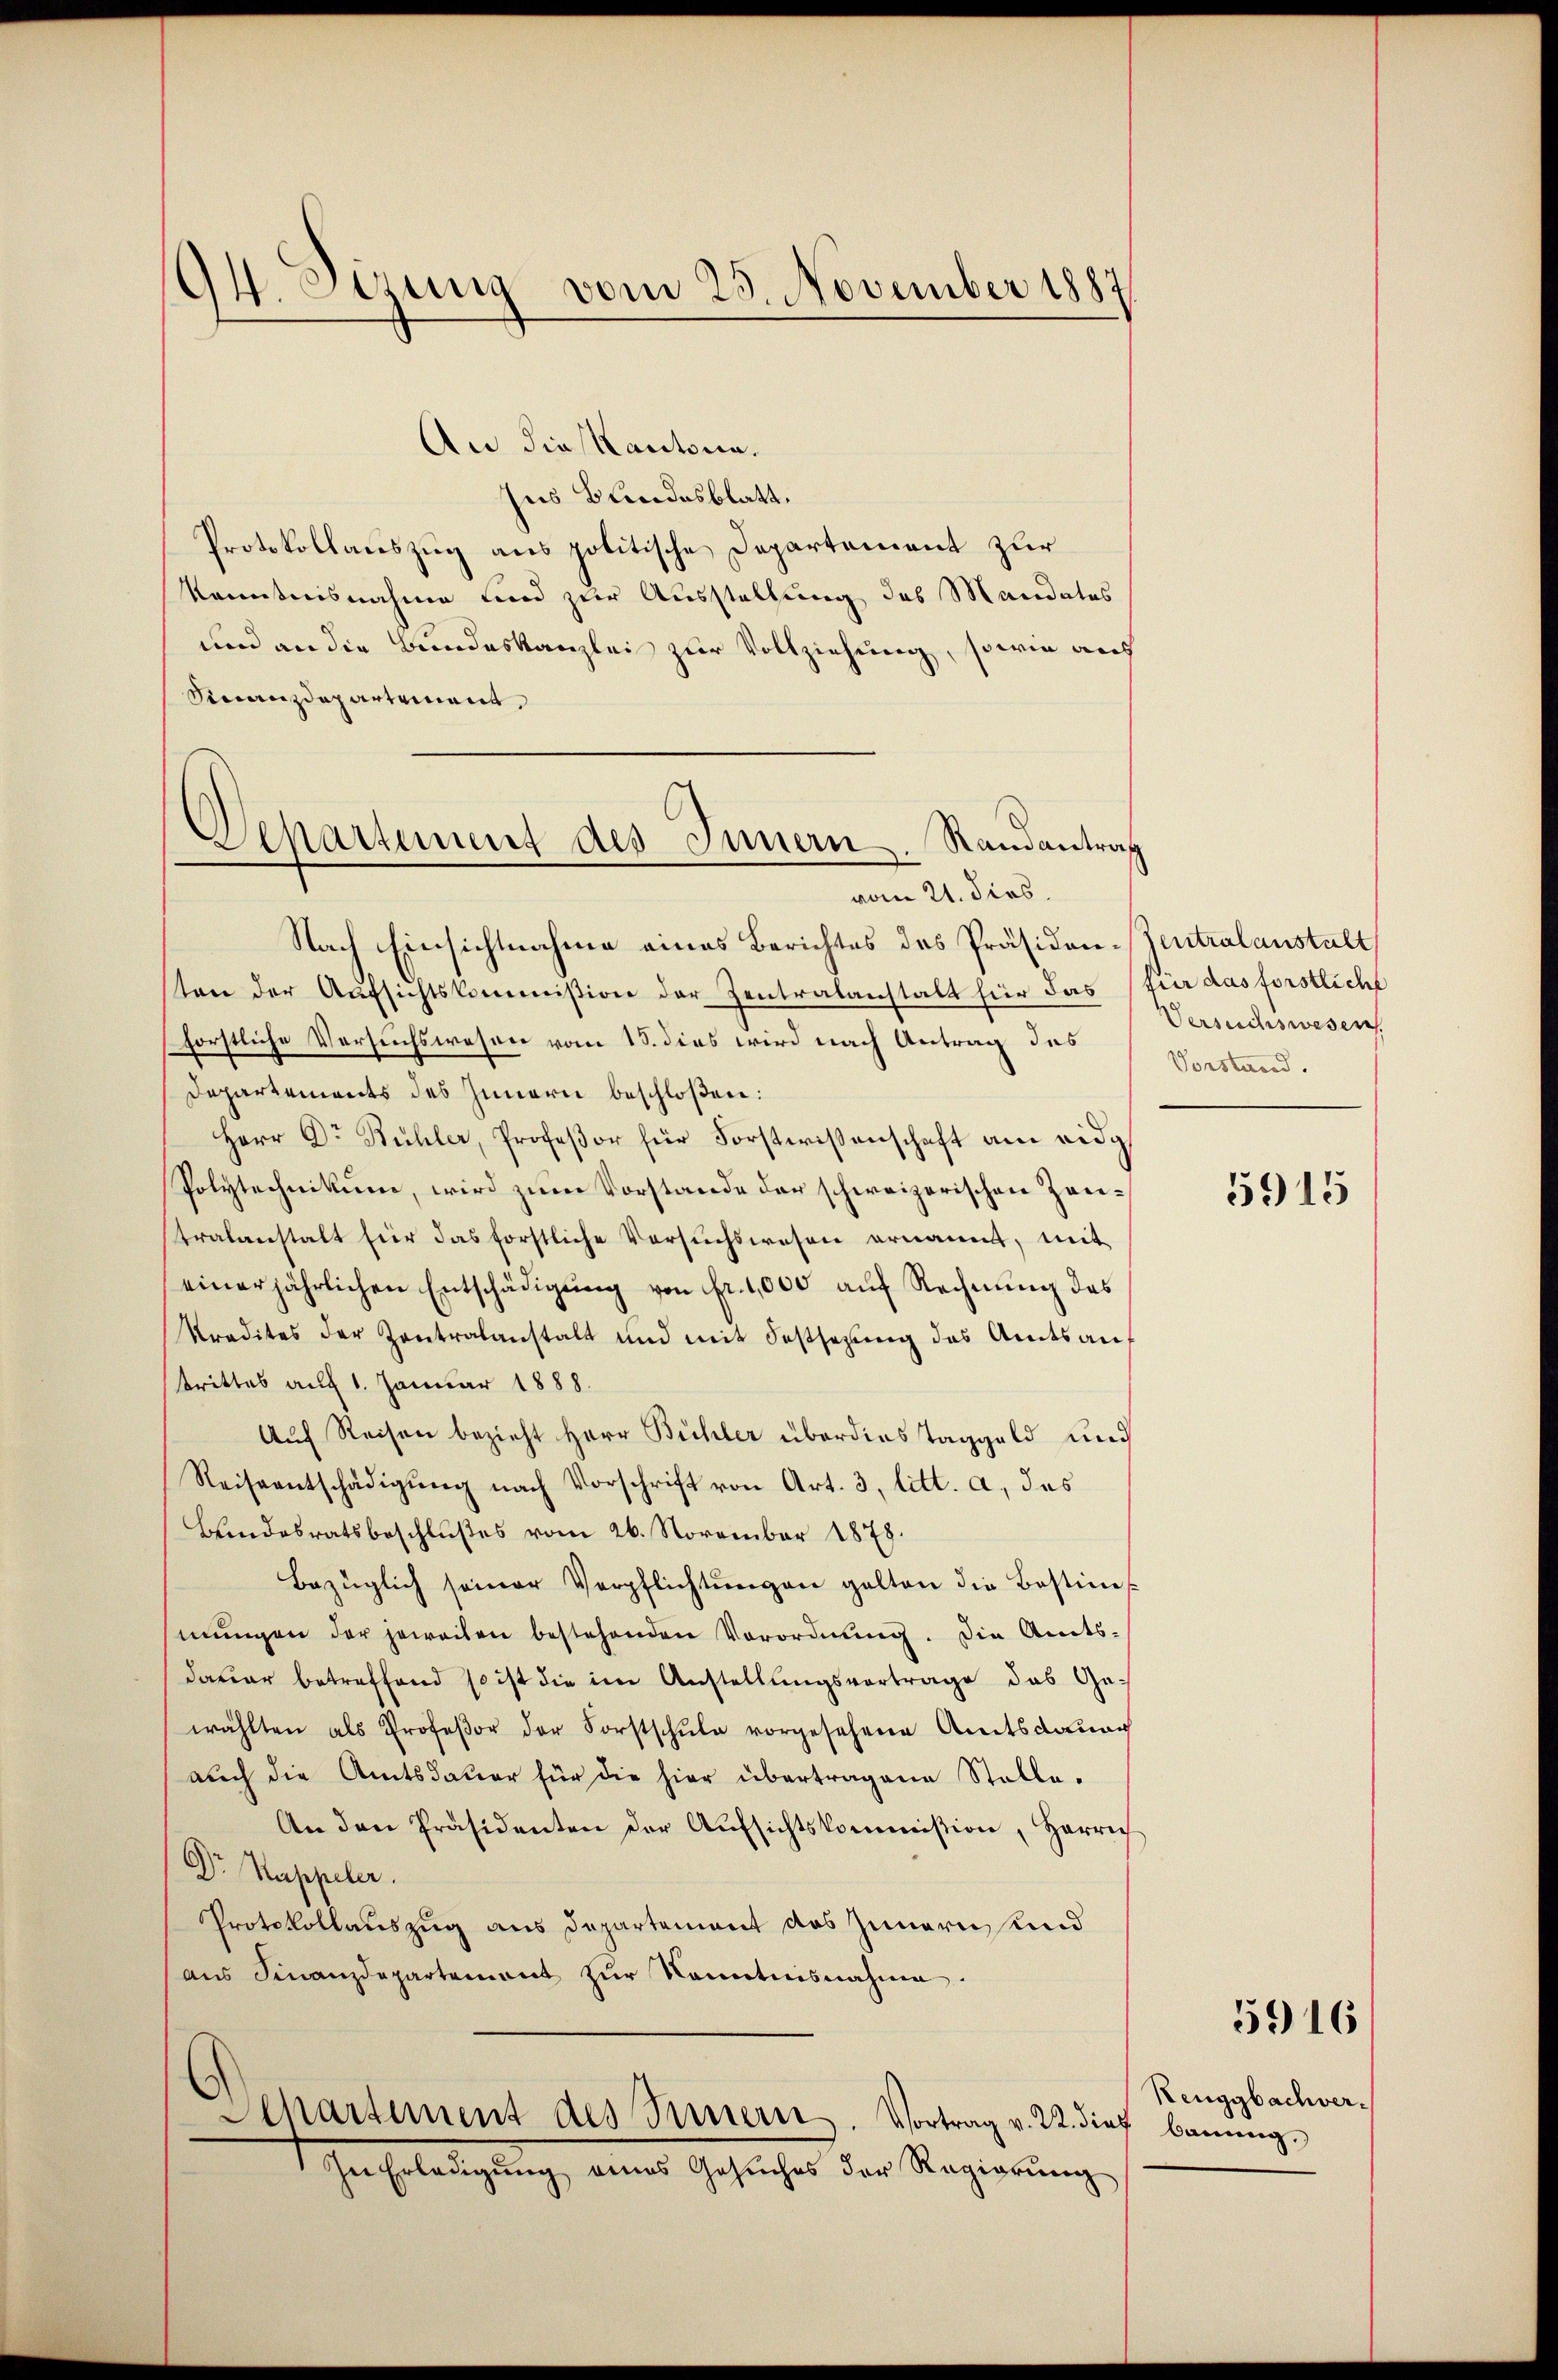
94. Sitzung vom 25. November 1887

An die Kantone.
Ins Bundesblatt.
Protokollauszug aus politische Departement zur
kenntnisnahme und zur Ausstellung des Mandates
und an die Bundeskanzlei zur Vollziehung, sowie auf
Finanzdepartement,
Nach Einsichtnahme eines Berichtes des Präsiden-Zentralanstalt,
ten der Aufsichtskommißion der Zentralanstalt für das
forstliche Versuchswesen vom 18. dies wird nach Antrag des
Departements des Innern beschloßen:
Herr Dr Bühler, Profeßor für Forstwissenschaft am eidg
Polytechnikum, wird zum Vorstande der schweizerischen Zeutralanstalt für das forstliche Versuchswesen ernannt, mit
einer jährlichen Entschädigŭng von fr. 1,000 auf Rechnung das
kredites der Zentralanstalt und mit Festsetzŭng des Amtsanf
trittes auf 1. Januar 1888.
Auch Reisen bezieht Herr Bühler überdies Taggeld und
Reiseentschädigŭng nach Vorschrift von Art. 3, litt. a., das
Bundesratsbeschlußes vom 26. November 1878.
Bezüglich seiner Verpflichtŭngen gelten die Bestim
mungen der jeweilen bestehenden Verordnung. Die Amts-
dauer betreffend so ist die im Anstellungsvortrage das Gewählten als Profeßor der Forstschule vorgesehene Amtsdaung
auch die Amtsdauer für die hier übertragene Stelle.
An den Präsidenten der Aŭfsichtskommission, Harrich
Dr. Kappeler.
Protokollauszug aus Departement das Zunern und
aus Finanzdepartement zur Kenntnisnahme.
Departement des Innern. Vortrag v. 22. Sieg
In Erledigung eines Gesuches der Regierung

Separtement des Innern. Randantrag
vom 21. dies.

für das förstlicht
Versuchsweseres.
Vorstand.

5915

5916

Renggbachverbauung,